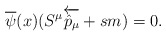
\begin{align*}\overline \psi (x)(S^{\mu} \overleftarrow{{\hat p}_\mu} + sm)=0.\end{align*}